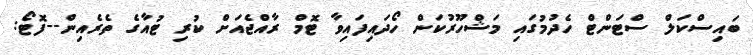
ބައިސްކަލް ސްޓަންޓް ހެދުމުގައި މަޝްހޫރުކަން ހޯދައިފައިވާ ޓޮމް ރާއްޖެއަށް ކުރި ޓުއާގެ ތެރެއިން--ފޮޓޯ: